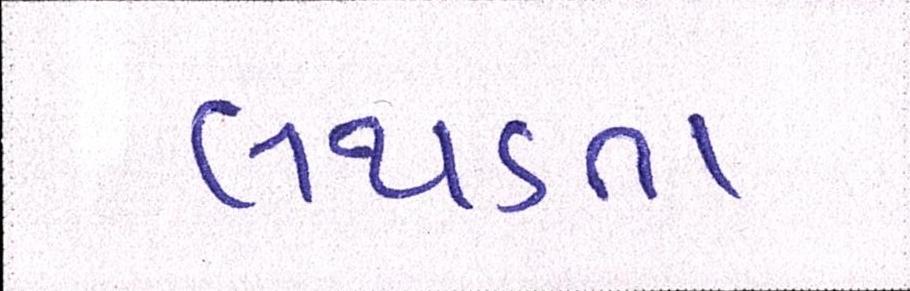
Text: લથડતા